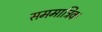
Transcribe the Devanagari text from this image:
सममात्रिक